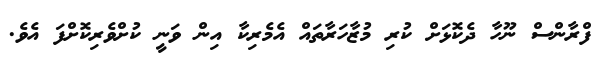
ފްރާންސް ނޫހާ ދެކޮޅަށް ކުރި މުޒާހަރާތައް އެމެރިކާ އިން ވަނީ ކުށްވެރިކޮށްފަ އެވެ.